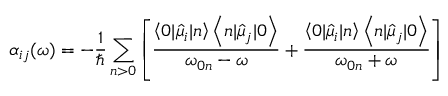
\small \alpha _ { i j } ( \omega ) = - \frac { 1 } { \hbar } \sum _ { n > 0 } \left[ \frac { \left\langle 0 | \hat { \mu } _ { i } | n \right\rangle \left\langle n | \hat { \mu } _ { j } | 0 \right\rangle } { \omega _ { 0 n } - \omega } + \frac { \left\langle 0 | \hat { \mu } _ { i } | n \right\rangle \left\langle n | \hat { \mu } _ { j } | 0 \right\rangle } { \omega _ { 0 n } + \omega } \right]